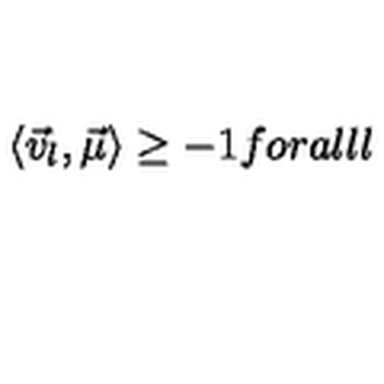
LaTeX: \langle { \vec { v } } _ { l } , { \vec { \mu } } \rangle \geq - 1 f o r a l l l